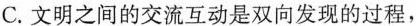
C.文明之间的交流互动是双向发现的过程，